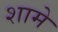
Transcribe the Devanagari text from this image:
शामे